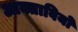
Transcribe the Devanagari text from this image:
आक्तावियो